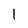
Character: 1